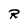
Character: R